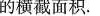
的横截面积。